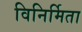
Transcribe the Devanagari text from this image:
विनिर्मिता